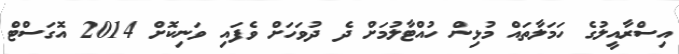
އިސްރާއީލުގެ ހަމަލާތައް މުޅިން ހުއްޓާލުމަށް ދެ ދުވަހަށް ވެފައި ވަނިކޮށް 2014 އޮގަސްޓް